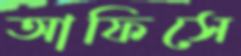
আফিসে